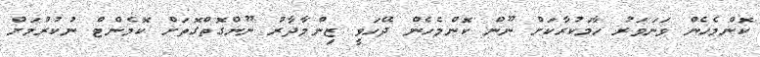
ކޮންމެހެން ވަނަވަރު ހާމަކުރާކަށް ނޫން ކޮންމެހެން ދޭހަވީ ޒިންމާދާރު ނޫންގޮތްގޮތަށް ކޮމެންޓް ނުކުރުމަށް